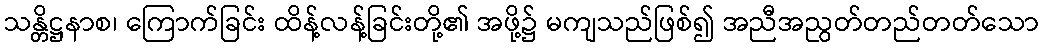
သန္တိဋ္ဌနာစ၊ ကြောက်ခြင်း ထိန့်လန့်ခြင်းတို့၏ အဖို့၌ မကျသည်ဖြစ်၍ အညီအညွတ်တည်တတ်သော